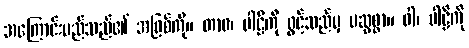
အကြောင်းမည်သည်၏ အဖြစ်ကို။ တာဝ၊ ပါဠိကို ဖွင့်သည်မှ မဆွစွာ။ ဝါ၊ ပါဠိကို